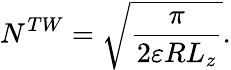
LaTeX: N^{TW}=\sqrt{\frac{\pi}{2\varepsilon RL_{z}}}.